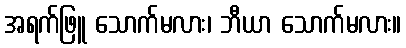
အရက်ဖြူ သောက်မလား၊ ဘီယာ သောက်မလား။